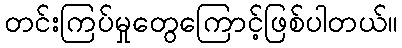
တင်းကြပ်မှုတွေကြောင့်ဖြစ်ပါတယ်။